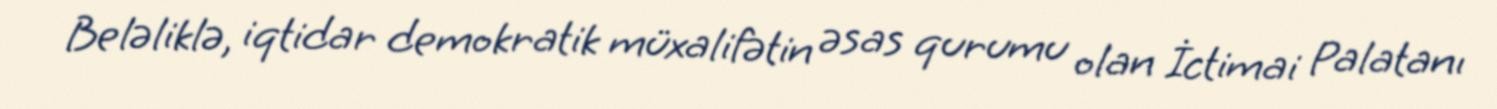
Beləliklə, iqtidar demokratik müxalifətin əsas qurumu olan İctimai Palatanı